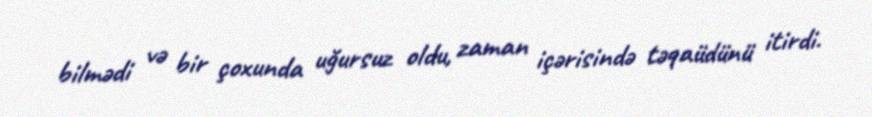
bilmədi və bir çoxunda uğursuz oldu, zaman içərisində təqaüdünü itirdi.